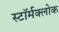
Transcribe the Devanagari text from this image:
स्टॉर्मक्लोक